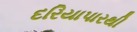
દરિયાપારથી